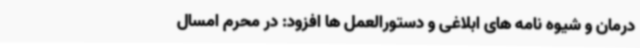
درمان و شیوه نامه های ابلاغی و دستورالعمل ها افزود: در محرم امسال